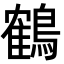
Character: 鶴